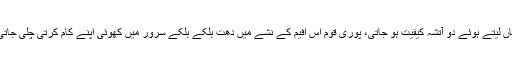
ساتھ خود ترسی کا جام بھرا ملتا ہے تو چسکیاں لیتے ہوئے دو آتشہ کیفیت ہو جاتی، پوری قوم اس افیم کے نشے میں دھت ہلکے ہلکے سرور میں کھوئی اپنے کام کرتی چلی جاتی ہے اور ک اپنے کام کرتے چلے جاتے ہیں۔